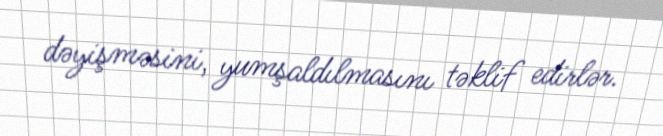
dəyişməsini, yumşaldılmasını təklif edirlər.